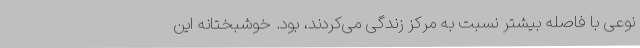
نوعی با فاصله بیشتر نسبت به مرکز زندگی می‌کردند، بود. خوشبختانه این